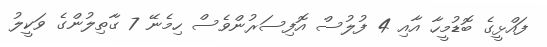
ފައްޅީގެ ބޮޑުމީހާ އާއި 4 ފުލުސް އޮފިސަރުންވެސް ހިމެނޭ 7 ގާތިލުންގެ ވަކީލު